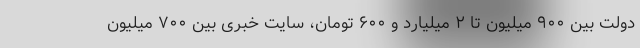
دولت بین ۹۰۰ میلیون تا ۲ میلیارد و ۶۰۰ تومان، سایت خبری بین ۷۰۰ میلیون